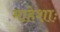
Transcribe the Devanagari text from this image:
माहेशाः